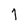
Character: 1